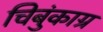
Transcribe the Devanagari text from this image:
चिबुंकाग्र